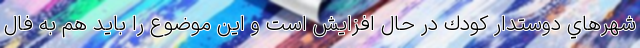
شهرهاي دوستدارِ كودك در حال افزايش است و اين موضوع را بايد هم به فال